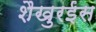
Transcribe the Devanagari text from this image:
शैखुरईस